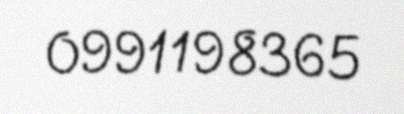
0991198365